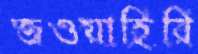
জওয়াহিরি